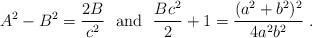
LaTeX: \begin{align*}A^2-B^2=\frac{2B}{c^2}\ \ \mbox{and}\ \ \frac{Bc^2}{2}+1=\frac{(a^2+b^2)^2}{4a^2b^2}\ .\end{align*}